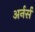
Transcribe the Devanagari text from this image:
अर्नर्स